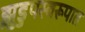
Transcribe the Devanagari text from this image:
झुडुपस्वरूपात